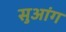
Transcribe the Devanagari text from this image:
सुआंग